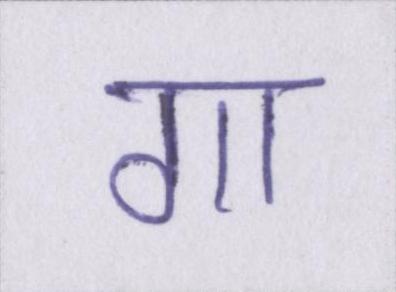
गा